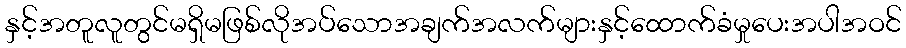
နှင့်အတူလူတွင်မရှိမဖြစ်လိုအပ်သောအချက်အလက်များနှင့်ထောက်ခံမှုပေးအပါအဝင်